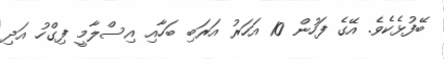
ބޭފުޅެކެވެ. އޭގެ ފަހުން 10 އަހަރު އަރަބި ބަހާއި އިސްލާމީ ފިގްހު އަދި